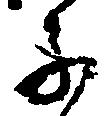
子